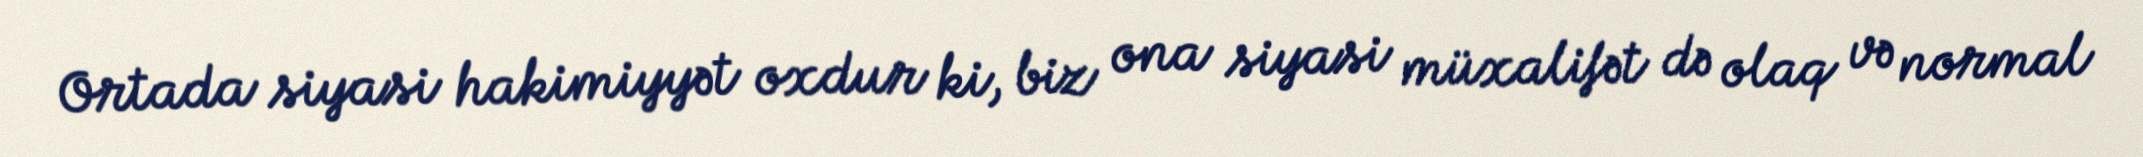
Ortada siyasi hakimiyyət oxdur ki, biz ona siyasi müxalifət də olaq və normal